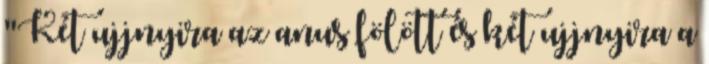
"Két ujjnyira az anus fölött és két ujjnyira a